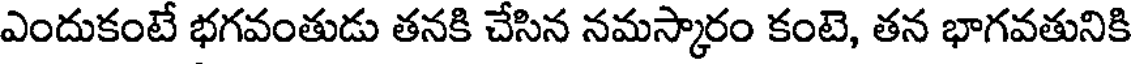
ఎందుకంటే భగవంతుడు తనకి చేసిన నమస్కారం కంటె, తన భాగవతునికి